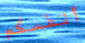
أنفسكم